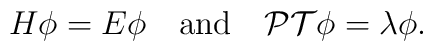
H\phi=E\phi\quad{\rm and}\quad{\cal PT}\phi=\lambda\phi.